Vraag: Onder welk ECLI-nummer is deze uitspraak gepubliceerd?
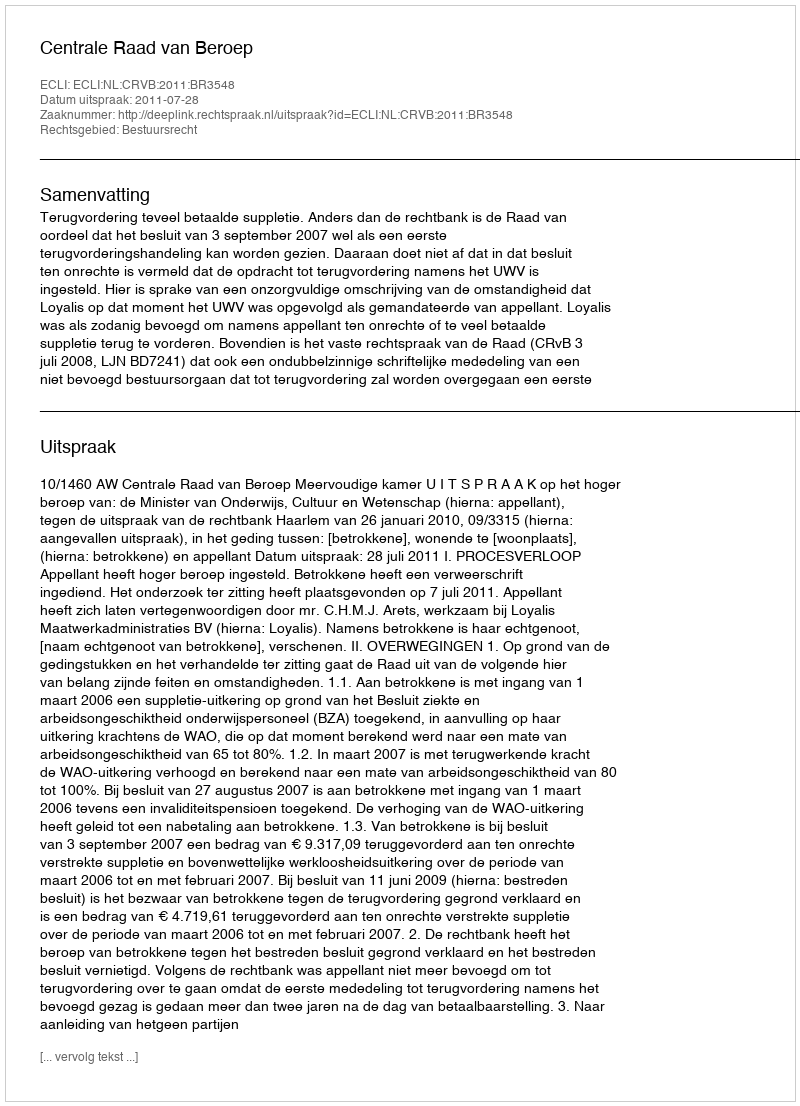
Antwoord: ECLI:NL:CRVB:2011:BR3548